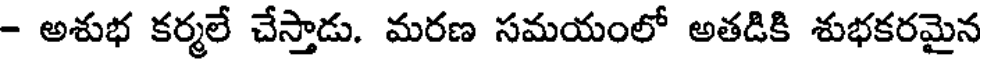
- అశుభ కర్మలే చేస్తాడు. మరణ సమయంలో అతడికి శుభకరమైన